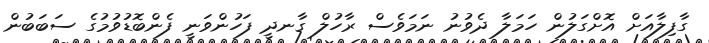
ގާފިލާއަށް އޮށްގަލުން ހަމަލާ ދެވުނު ނަމަވެސް ރާހުލް ގާނދީ ފަހުންވަނީ ފެންބޮޑުވުމުގެ ސަބަބުން